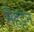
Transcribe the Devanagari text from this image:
मैहट्टन